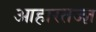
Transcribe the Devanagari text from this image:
आहारतज्ज्ञ